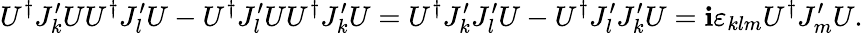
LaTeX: U^{\dagger}J_{k}^{\prime}UU^{\dagger}J_{l}^{\prime}U-U^{\dagger}J_{l}^{\prime}UU^{\dagger}J_{k}^{\prime}U=U^{\dagger}J_{k}^{\prime}J_{l}^{\prime}U-U^{\dagger}J_{l}^{\prime}J_{k}^{\prime}U=\mathbf{i}\varepsilon_{klm}U^{\dagger}J_{m}^{\prime}U.